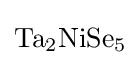
{\ce {Ta2NiSe5}}